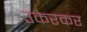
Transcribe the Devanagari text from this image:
उकेरकर